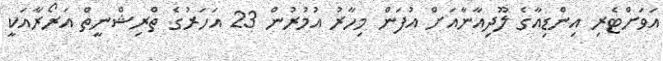
އަވަށްޓެރި އިންޑިއާގެ ލޫދިއާނާއަށް އުފަން މިހާރު އުމުރުން 23 އަހަރުގެ ތްރިޝްނީތް އަރޯރާއަކީ